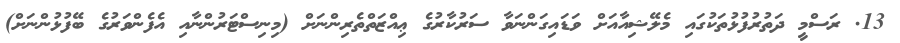
13. ރަސްމީ ދަތުރުފުޅުތަކުގައި މެލޭޝިއާއަށް ވަޑައިގަންނަވާ ސަރުކާރުގެ ޢިއްޒަތްތެރިންނަށް (މިނިސްޓަރުންނާއި އެފެންވަރުގެ ބޭފުޅުންނަށް)